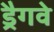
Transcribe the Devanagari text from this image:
ड्रैगवे